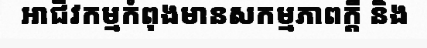
អាជីវកម្មកំពុងមានសកម្មភាពក្តី និង